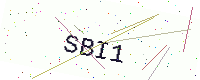
Text: SBI1